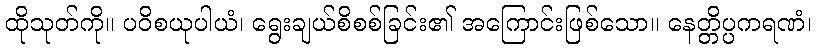
ထိုသုတ်ကို။ ပဝိစယုပါယံ၊ ရွေးချယ်စိစစ်ခြင်း၏ အကြောင်းဖြစ်သော။ နေတ္တိပ္ပကရဏံ၊